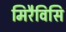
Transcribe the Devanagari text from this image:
मिरैविसि